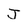
Character: J